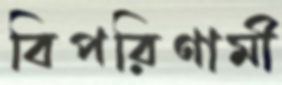
বিপরিণামী